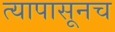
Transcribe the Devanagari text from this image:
त्यापासूनच